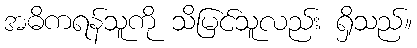
အဓိကရန်သူကို သိမြင်သူလည်း ရှိသည်။